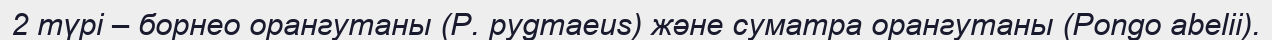
2 түрі – борнео орангутаны (P. pygmaeus) және суматра орангутаны (Pongo abelii).